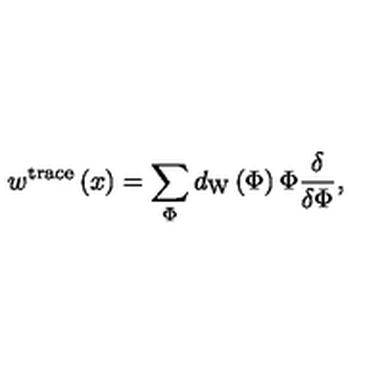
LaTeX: w ^ { \mathrm { t r a c e } } \left( x \right) = \sum _ { \Phi } d _ { \mathrm { W } } \left( \Phi \right) \Phi \frac \delta { \delta \Phi } ,